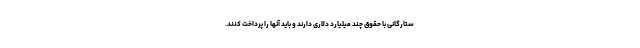
ستارگانی با حقوق چند میلیارد دلاری دارند و باید آنها را پرداخت کنند.